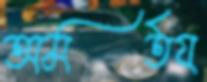
অমর্তয